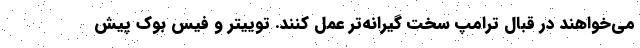
می‌خواهند در قبال ترامپ سخت گیرانه‌تر عمل کنند. توییتر و فیس بوک پیش